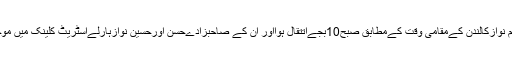
بیگم کلثوم نوازکالندن کےمقامی وقت کےمطابق صبح10بجےاتتقال ہوااور ان کے صاحبزادےحسن اورحسین نوازہارلےاسٹریٹ کلینک میں موجود ہیں ۔